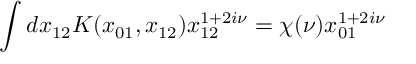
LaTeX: \int d x _ { 1 2 } K ( x _ { 0 1 } , x _ { 1 2 } ) x _ { 1 2 } ^ { 1 + 2 i \nu } = \chi ( \nu ) x _ { 0 1 } ^ { 1 + 2 i \nu }